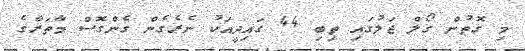
މި ގޮތުން ގޯލް ޖަލުގައި ތިބި 44 ގައިދީއަކު ނެރެގެން ގެންގޮސް މާތަރާގެ